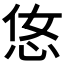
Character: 𢘂